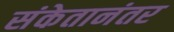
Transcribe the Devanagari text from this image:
संकेतानंतर